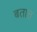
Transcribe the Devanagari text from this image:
बतात